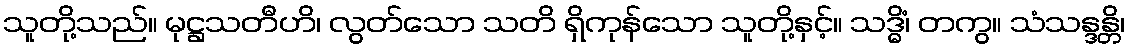
သူတို့သည်။ မုဋ္ဌသတီဟိ၊ လွတ်သော သတိ ရှိကုန်သော သူတို့နှင့်။ သဒ္ဓိံ၊ တကွ။ သံသန္ဒန္တိ၊